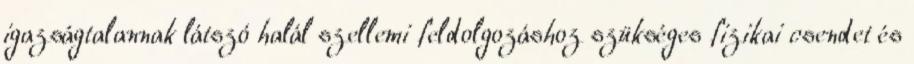
igazságtalannak látszó halál szellemi feldolgozáshoz szükséges fizikai csendet és